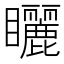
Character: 矖